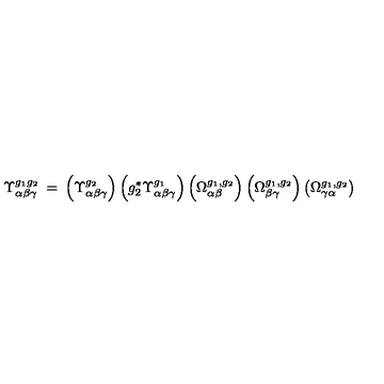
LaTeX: \Upsilon _ { \alpha \beta \gamma } ^ { g _ { 1 } g _ { 2 } } \: = \: \left( \Upsilon _ { \alpha \beta \gamma } ^ { g _ { 2 } } \right) \left( g _ { 2 } ^ { * } \Upsilon _ { \alpha \beta \gamma } ^ { g _ { 1 } } \right) \left( \Omega _ { \alpha \beta } ^ { g _ { 1 } , g _ { 2 } } \right) \left( \Omega _ { \beta \gamma } ^ { g _ { 1 } , g _ { 2 } } \right) \left( \Omega _ { \gamma \alpha } ^ { g _ { 1 } , g _ { 2 } } \right)